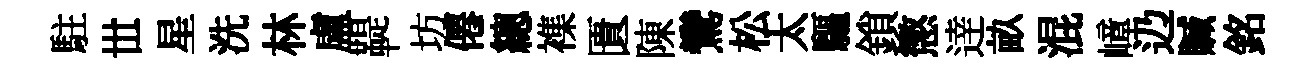
駐𠀍星洗林盧鞮坊僊總襍匱陳鸞松太驅鎖懲逹畝混嶂辸贓銘